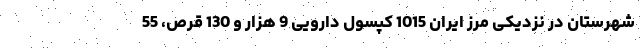
شهرستان در نزدیکی مرز ایران 1015 کپسول دارویی 9 هزار و 130 قرص، 55